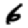
Digit: 6